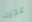
عجزت